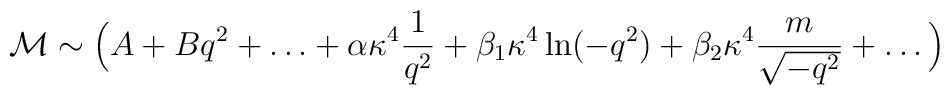
{\cal M} \sim\Big(A+Bq^2+\ldots+\alpha\kappa^4\frac1{q^2}+\beta_1\kappa^4\ln(-q^2)+\beta_2\kappa^4\frac{m}{\sqrt{-q^2}} +\ldots \Big)